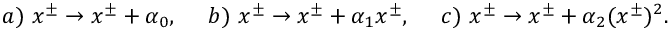
a ) ~ x ^ { \pm } \rightarrow x ^ { \pm } + \alpha _ { 0 } , ~ ~ ~ ~ b ) ~ x ^ { \pm } \rightarrow x ^ { \pm } + { \alpha _ { 1 } } x ^ { \pm } , ~ ~ ~ ~ c ) ~ x ^ { \pm } \rightarrow { x ^ { \pm } } + \alpha _ { 2 } ( x ^ { \pm } ) ^ { 2 } .